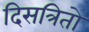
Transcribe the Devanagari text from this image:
दिसत्रितो